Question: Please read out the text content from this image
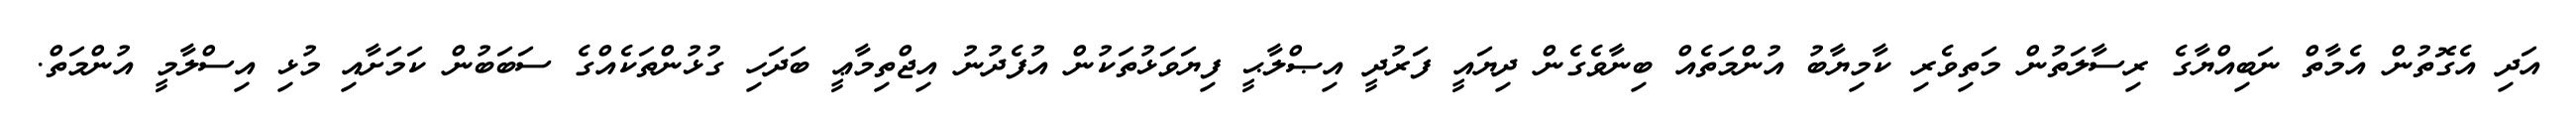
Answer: އަދި އެގޮތުން އެމާތް ނަބިއްޔާގެ ރިސާލަތުން މަތިވެރި ކާމިޔާބު އުންމަތެއް ބިނާވެގެން ދިޔައީ ފަރުދީ އިޞްލާޙީ ފިޔަވަޅުތަކުން އުފެދުނު އިޖްތިމާޢީ ބަދަހި ގުޅުންތަކެއްގެ ސަބަބުން ކަމަށާއި މުޅި އިސްލާމީ އުންމަތް.